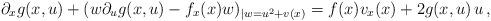
LaTeX: \begin{align*}\partial_xg(x,u)+(w\partial_ug(x,u)-f_x(x)w)_{|w=u^2+v(x)}=f(x)v_x(x)+2g(x,u)\,u\,,\end{align*}